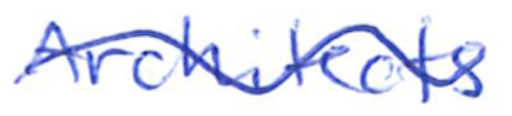
Text: Architects
Cross-out: wave
Writing tool: ballpoint